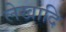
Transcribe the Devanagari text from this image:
लेखादि